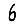
Digit: 6